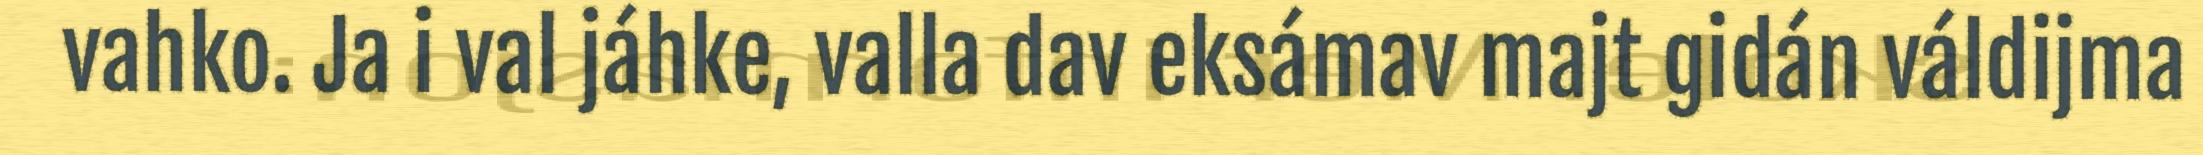
vahko. Ja i val jáhke, valla dav eksámav majt gidán váldijma